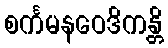
စင်္ကမနဝေဒိကန္တိ